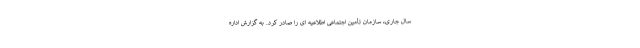
سال جاری، سازمان تأمین اجتماعی اطلاعیه ‌ای را صادر کرد. به گزارش اداره